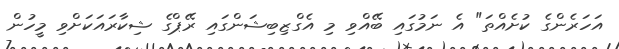
އަހަރެންގެ ކުށެއްތަ" އެ ނަމުގައި ބޭއްވި މި އެގްޒިބިޝަންގައި ރޭޕްގެ ޝިކާރައަކަށްވި މީހުން